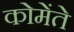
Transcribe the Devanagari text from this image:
कोमेंते